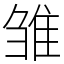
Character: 雏